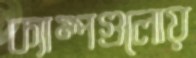
ক্যাম্পগুলোয়